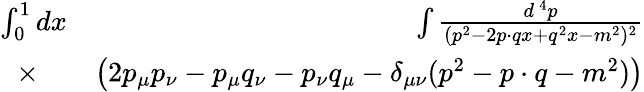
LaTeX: \begin{array}{rlr}{\int_{0}^{1}dx\! \! \! \! \! \! }&{}&{\int{\frac{d^{\, 4}p}{(p^{2}-2p\cdot qx+q^{2}x-m^{2})^{2}}}}\\ {\times}&{}&{\left(2p_{\mu}p_{\nu}-p_{\mu}q_{\nu}-p_{\nu}q_{\mu}-\delta_{\mu\nu}(p^{2}-p\cdot q-m^{2})\right)}\end{array}